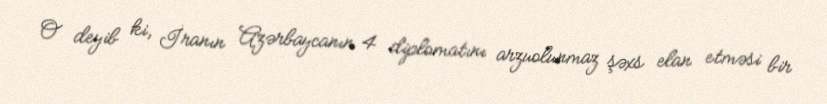
O deyib ki, İranın Azərbaycanın 4 diplomatını arzuolunmaz şəxs elan etməsi bir